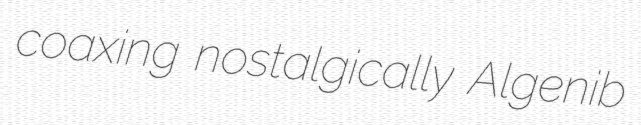
coaxing nostalgically Algenib